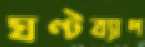
ঘণ্টব্যাপ